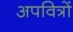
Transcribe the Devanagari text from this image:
अपवित्रों